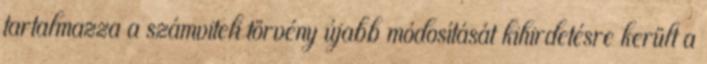
tartalmazza a számviteli törvény újabb módosítását kihirdetésre került a